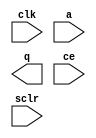
module multiplier_spartan3e_7_0_3ea0672ed784ab3c(
	clk,
	a,
	q,
	ce,
	sclr);


input clk;
input [15 : 0] a;
output [34 : 0] q;
input ce;
input sclr;

// synthesis translate_off

      MULT_GEN_V7_0 #(
		.BRAM_ADDR_WIDTH(9),
		.C_A_TYPE(0),
		.C_A_WIDTH(16),
		.C_BAAT(16),
		.C_B_CONSTANT(1),
		.C_B_TYPE(1),
		.C_B_VALUE("100000000000000000"),
		.C_B_WIDTH(18),
		.C_ENABLE_RLOCS(0),
		.C_HAS_ACLR(0),
		.C_HAS_A_SIGNED(0),
		.C_HAS_B(0),
		.C_HAS_CE(1),
		.C_HAS_LOADB(0),
		.C_HAS_LOAD_DONE(0),
		.C_HAS_ND(0),
		.C_HAS_O(0),
		.C_HAS_Q(1),
		.C_HAS_RDY(0),
		.C_HAS_RFD(0),
		.C_HAS_SCLR(1),
		.C_HAS_SWAPB(0),
		.C_MEM_INIT_PREFIX("mem"),
		.C_MEM_TYPE(0),
		.C_MULT_TYPE(2),
		.C_OUTPUT_HOLD(0),
		.C_OUT_WIDTH(35),
		.C_PIPELINE(1),
		.C_REG_A_B_INPUTS(0),
		.C_SQM_TYPE(0),
		.C_STACK_ADDERS(1),
		.C_STANDALONE(1),
		.C_SYNC_ENABLE(1),
		.C_USE_LUTS(1),
		.C_V2_SPEED(0))
	inst (
		.CLK(clk),
		.A(a),
		.Q(q),
		.CE(ce),
		.SCLR(sclr),
		.B(),
		.O(),
		.A_SIGNED(),
		.LOADB(),
		.LOAD_DONE(),
		.SWAPB(),
		.ACLR(),
		.RFD(),
		.ND(),
		.RDY());


// synthesis translate_on

endmodule